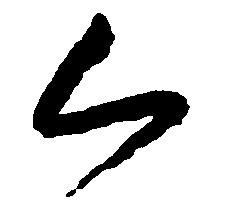
く